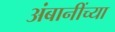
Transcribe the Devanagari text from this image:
अंबानींच्या